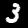
Digit: 3